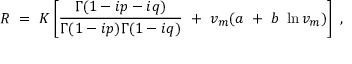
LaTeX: R ~ = ~ K \left[ { \frac { \Gamma ( 1 - i p - i q ) } { \Gamma ( 1 - i p ) \Gamma ( 1 - i q ) } } ~ + ~ v _ { m } ( a ~ + ~ b ~ \ln v _ { m } ) \right] ~ ,